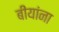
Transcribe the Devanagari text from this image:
बीयांना